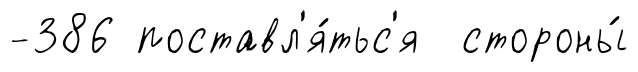
-386 поставл'я́тьс'я стороны́